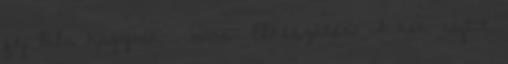
fej lila hagyma , bors. Elkészítés: A kék sajtot